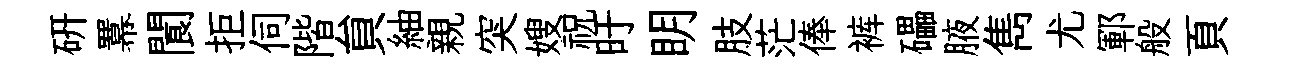
研羃閬拒伺階貟紬親突嫂祝旴眀肢茫俸裤礧腋雋尤鄆般頁